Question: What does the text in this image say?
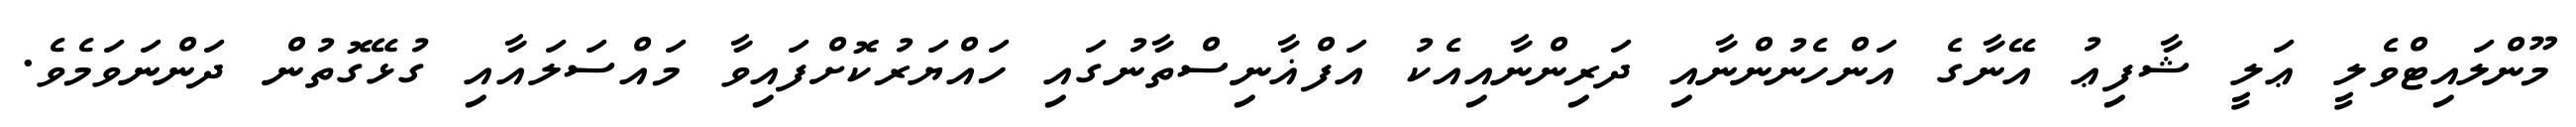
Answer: މޫންލައިޓްވެލީ ޢަލީ ޝާފިޢު އޭނާގެ އަންހެނުންނާއި ދަރިންނާއިއެކު އަފްޣާނިސްތާނުގައި ހައްޔަރުކޮށްފައިވާ މައްސަލައާއި ގުޅޭގޮތުން ދަންނަވަމެވެ.